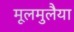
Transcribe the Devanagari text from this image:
मूलमुलैया